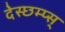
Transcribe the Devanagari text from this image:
देस्छम्प्स्